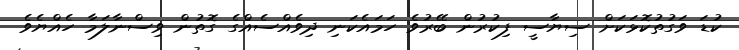
ކުޑަ ވަގުތުކޮޅަކަށް ސިޔާސީ ފިކުރުން ބޭރުވެ ހަމައެކަނި ދިވެއްސެއްގެ ގޮތުން ވިސްނާލަމާ ހެއްޔެވެ